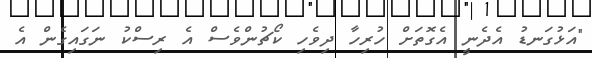
"އަޅުގަނޑު އެދެނީ އެގޮތަށް ހުރިހާ ދިވެހި ކޯޗުންވެސް އެ ރިސްކު ނަގައިގެން އެ